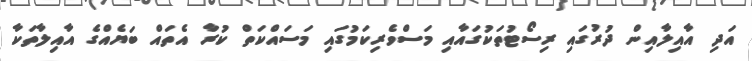
އަދި އާއިލާއިން ދުރުގައި ރިސޯޓުތަކުގައާއި މަސްވެރިކަމުގައި މަސައްކަތް ކުރާ އެތައް ބަޔެއްގެ އާއިލާތަކާ